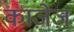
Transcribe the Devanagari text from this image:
काजे़ज़